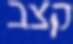
קצב